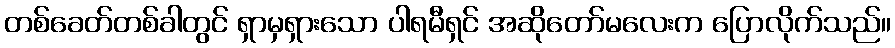
တစ်ခေတ်တစ်ခါတွင် ရှာမှရှားသော ပါရမီရှင် အဆိုတော်မလေးက ပြောလိုက်သည်။